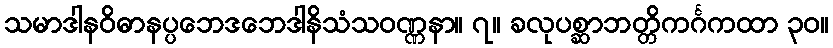
သမာဒါနဝိဓာနပ္ပဘေဒဘေဒါနိသံသဝဏ္ဏနာ။ ၇။ ခလုပစ္ဆာဘတ္တိကင်္ဂကထာ ၃၀။